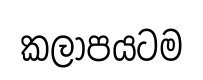
කලාපයටම